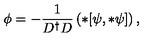
\phi = - \frac { 1 } { D ^ { \dagger } D } \left( * [ \psi , * \psi ] \right) ,